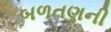
બળતણની